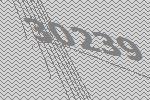
30239